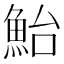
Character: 鮐